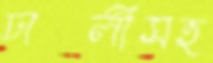
ঢালীসহ